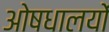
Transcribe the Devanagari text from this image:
ओषधालयों